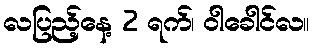
လပြည့်နေ့ 2 ရက်၊ ဝါခေါင်လ။